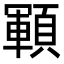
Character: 顐